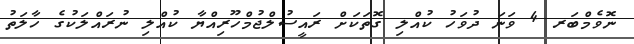
ނޮވެމްބަރ 4 ވަނަ ދުވަހު ކުއްލި ގޮތަކަށް ރައީސުލްޖުމްހޫރިއްޔާ ކުއްލި ނުރައްލަކުގެ ހާލަތު